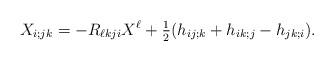
LaTeX: \begin{align*}X_{i;jk}=- R_{\ell kj i} X^\ell + \tfrac{1}{2} (h_{ij;k} + h_{ik;j} - h_{jk;i}).\end{align*}